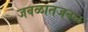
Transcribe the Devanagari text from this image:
जवळातजवळ